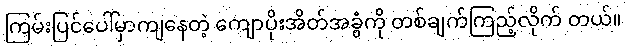
ကြမ်းပြင်ပေါ်မှာကျနေတဲ့ ကျောပိုးအိတ်အခွံကို တစ်ချက်ကြည့်လိုက် တယ်။